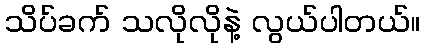
သိပ်ခက် သလိုလိုနဲ့ လွယ်ပါတယ်။